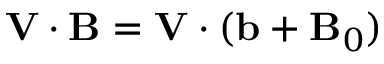
\mathbf { V } \cdot \mathbf { B } = \mathbf { V } \cdot ( \mathbf { b } + \mathbf { B } _ { 0 } )